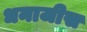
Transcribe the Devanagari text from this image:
धनाजीस